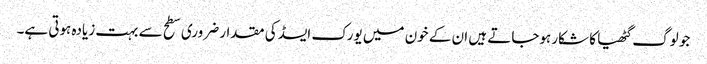
جو لوگ گٹھیا کا شکار ہوجاتے ہیں ان کے خون میں یورک ایسڈ کی مقدار ضروری سطح سے بہت زیادہ ہوتی ہے۔